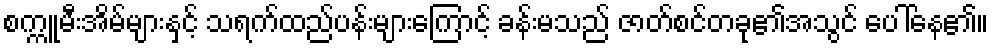
စက္ကူမီးအိမ်များနှင့် သရက်ထည်ပန်းများကြောင့် ခန်းမသည် ဇာတ်စင်တခု၏အသွင် ပေါ်နေ၏။